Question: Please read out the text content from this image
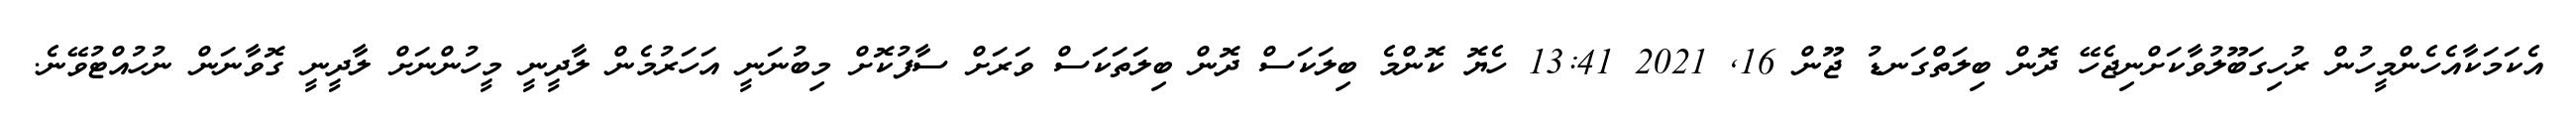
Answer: އެކަމަކާއެހެންމީހުން ރުހިގަބޫލުވާކަށްނިޖެހޭ ދޮން ބިލަތްގަނޑު ޖޫން 16, 2021 13:41 ހެޔޮ ކޮންމެ ބިލަކަސް ދޮން ބިލަތަކަސް ވަރަށް ސާފުކޮށް މިބުނަނީ އަހަރުމެން ލާދީނީ މީހުންނަށް ލާދީނީ ގޮވާނަން ނުހުއްޓުވޭނެ.